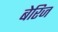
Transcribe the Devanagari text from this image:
बेरिज